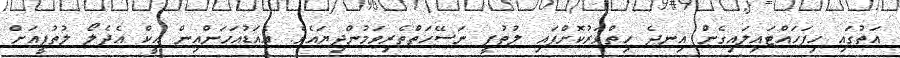
އަތުގައި ހިފަހައްޓައިލައިގެން އިނދެ ހިތްވަރުކޮށްފައި ލުތުފީ ނަސޭހަތްތެރިވަމުންދިޔައެވެ. އެއަޑުއަހަންއިން އީކް އެދެލޯ ލުތުފީއަށް